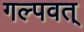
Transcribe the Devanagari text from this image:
गल्पवत्